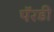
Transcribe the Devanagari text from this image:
पॅरडी